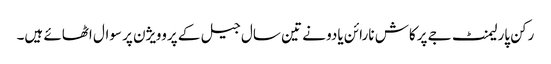
رکن پارلیمنٹ جے پرکاش نارائن یادو نے تین سال جیل کے پروویژن پر سوال اٹھائے ہیں۔